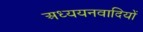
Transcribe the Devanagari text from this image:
अध्ययनवादियों